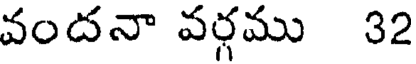
వందనా వర్గము 32